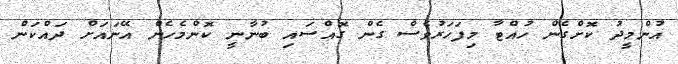
އުންމީދު ކޮށްގެން ހުއްޓާ މިފަހަރުވެސް ގެން ގޮއްސައި ބުނާނީ ކޮންމެހެން އޭނައަށް ދައްކަން